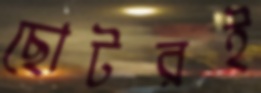
ছোটরই